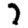
Digit: 7